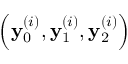
\left( \mathbf { y } _ { 0 } ^ { ( i ) } , \mathbf { y } _ { 1 } ^ { ( i ) } , \mathbf { y } _ { 2 } ^ { ( i ) } \right)